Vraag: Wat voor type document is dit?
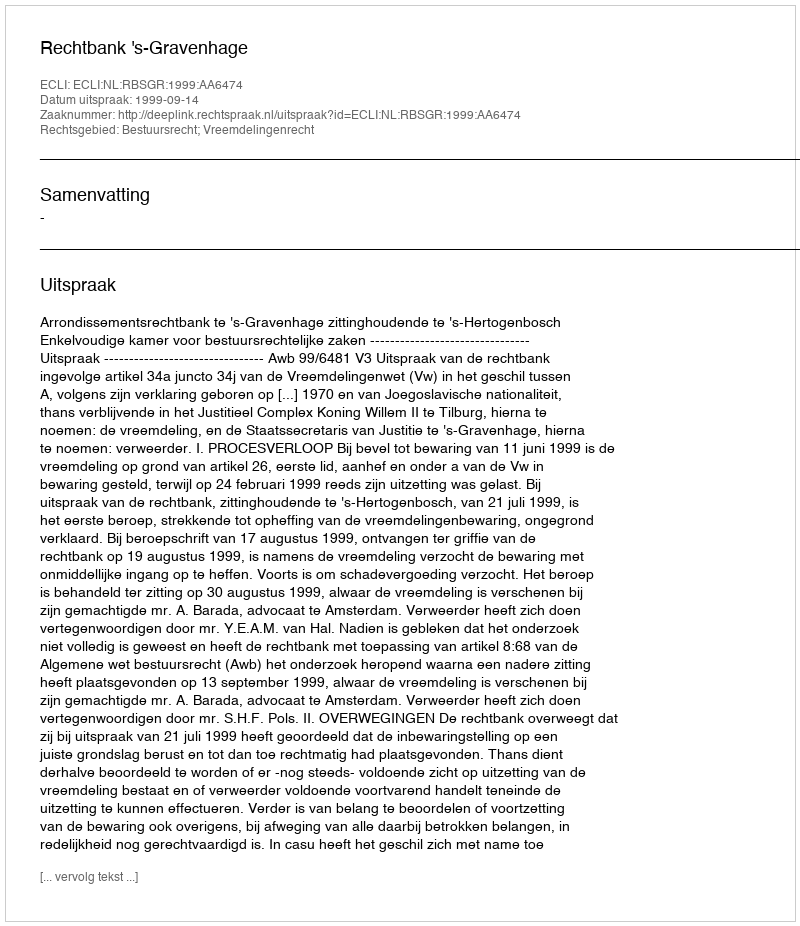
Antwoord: Uitspraak